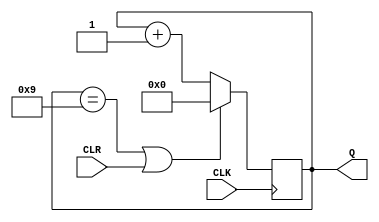
module bcd_counter(
	input CLK,
	input CLR,
	output reg [3:0]Q
	);
	
	always@(negedge CLK) begin
	
	if(Q == 4'd9 | CLR)
		Q = 4'd0;
	else
		Q = Q + 4'b1; 
	end
	
endmodule